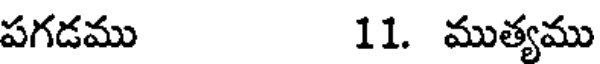
పగడము 11. ముత్యము